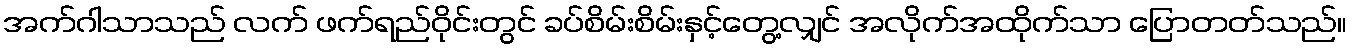
အက်ဂါသာသည် လက် ဖက်ရည်ဝိုင်းတွင် ခပ်စိမ်းစိမ်းနှင့်တွေ့လျှင် အလိုက်အထိုက်သာ ပြောတတ်သည်။